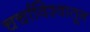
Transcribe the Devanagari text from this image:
चर्चाविश्वातून